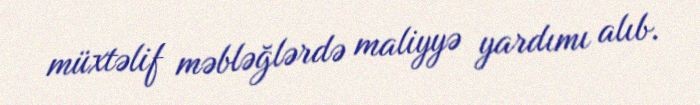
müxtəlif məbləğlərdə maliyyə yardımı alıb.